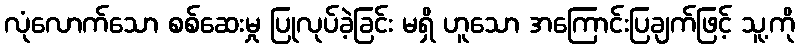
လုံလောက်သော စစ်ဆေးမှု ပြုလုပ်ခဲ့ခြင်း မရှိ ဟူသော အကြောင်းပြချက်ဖြင့် သူ့ကို